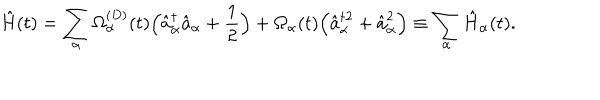
LaTeX: \hat { H } ( t ) = \sum _ { \alpha } \Omega _ { \alpha } ^ { ( D ) } ( t ) \Bigl ( \hat { a } _ { \alpha } ^ { \dagger } \hat { a } _ { \alpha } + \frac { 1 } { 2 } \Bigr ) + \Omega _ { \alpha } ( t ) \Bigl ( \hat { a } _ { \alpha } ^ { \dagger 2 } + \hat { a } _ { \alpha } ^ { 2 } \Bigr ) \equiv \sum _ { \alpha } \hat { H } _ { \alpha } ( t ) .